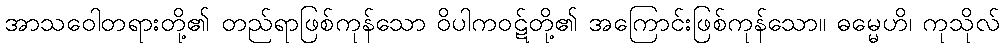
အာသဝေါတရားတို့၏ တည်ရာဖြစ်ကုန်သော ဝိပါကဝဋ်တို့၏ အကြောင်းဖြစ်ကုန်သော။ ဓမ္မေဟိ၊ ကုသိုလ်